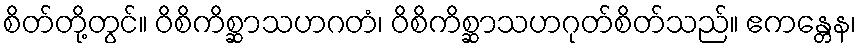
စိတ်တို့တွင်။ ဝိစိကိစ္ဆာသဟဂတံ၊ ဝိစိကိစ္ဆာသဟဂုတ်စိတ်သည်။ ဧကန္တေန၊